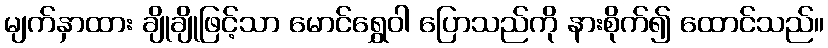
မျက်နှာထား ချိုချိုဖြင့်သာ မောင်ရွှေဝါ ပြောသည်ကို နားစိုက်၍ ထောင်သည်။